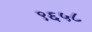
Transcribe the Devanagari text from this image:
९६५८